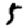
Digit: 5